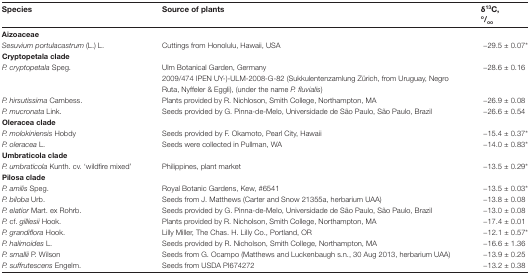
| Species | Source of plants | δ13C,o/oo |
 | --- | --- | --- |
 | Aizoaceae |  |  |
 | Sesuvium portulacastrum (L.) L. | Cuttings from Honolulu, Hawaii, USA | −29.5 ± 0.07* |
 | Cryptopetala clade |  |  |
 | P. cryptopetala Speg. | Ulm Botanical Garden, Germany2009/474 IPEN UY-)-ULM-2008-G-82 (Sukkulentenzamlung Zürich, from Uruguay, Negro Ruta, Nyffeler & Eggli), (under the name P. fluvialis) | −28.6 ± 0.16 |
 | P. hirsutissima Cambess. | Plants provided by R. Nichloson, Smith College, Northampton, MA | −26.9 ± 0.08 |
 | P. mucronata Link. | Seeds provided by G. Pinna-de-Melo, Universidade de São Paulo, São Paulo, Brazil | −26.6 ± 0.54 |
 | <COLSPAN=3> Oleracea clade |
 | P. molokiniensis Hobdy | Seeds provided by F. Okamoto, Pearl City, Hawaii | −15.4 ± 0.37* |
 | P. oleracea L. | Seeds were collected in Pullman, WA | −14.0 ± 0.83* |
 | <COLSPAN=3> Umbraticola clade |
 | P. umbraticola Kunth. cv. ‘wildfire mixed’ | Philippines, plant market | −13.5 ± 0.29* |
 | Pilosa clade |  |  |
 | P. amilis Speg. | Royal Botanic Gardens, Kew, #6541 | −13.5 ± 0.03* |
 | P. biloba Urb. | Seeds from J. Matthews (Carter and Snow 21355a, herbarium UAA) | −13.8 ± 0.08 |
 | P. elatior Mart. ex Rohrb. | Seeds provided by G. Pinna-de-Melo, Universidade de São Paulo, São Paulo, Brazil | −13.0 ± 0.08 |
 | P. cf. gilliesii Hook. | Plants provided by R. Nicholson, Smith College, Northampton, MA | −17.4 ± 0.01 |
 | P. grandiflora Hook. | Lilly Miller, The Chas. H. Lilly Co., Portland, OR | −12.1 ± 0.57* |
 | P. halimoides L. | Seeds provided by R. Nicholson, Smith College, Northampton, MA | −16.6 ± 1.36 |
 | P. smallii P. Wilson | Seeds from G. Ocampo (Matthews and Luckenbaugh s.n., 30 Aug 2013, herbarium UAA) | −13.9 ± 0.25 |
 | P. suffrutescens Engelm. | Seeds from USDA PI674272 | −13.2 ± 0.38 |